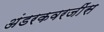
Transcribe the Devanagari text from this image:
अंडरकवरजींस